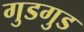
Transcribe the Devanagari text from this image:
गुडगुड